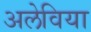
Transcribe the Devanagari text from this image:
अलेविया